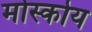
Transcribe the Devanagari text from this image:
मोर्स्कोय